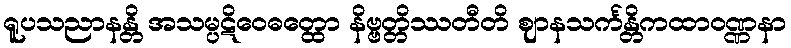
ရူပသညာနန္တိ အသမ္ပဋိဝေဓတ္ထော နိဗ္ဗတ္တိဿတီတိ ဈာနသင်္ကန္တိကထာဝဏ္ဏနာ